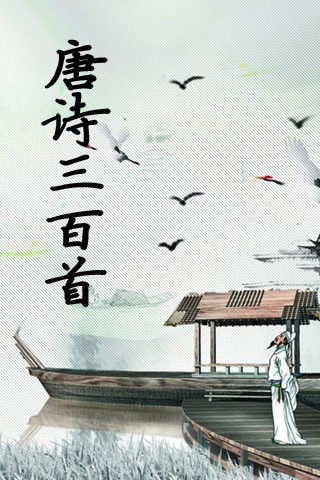
落月满屋梁，犹疑照颜色。